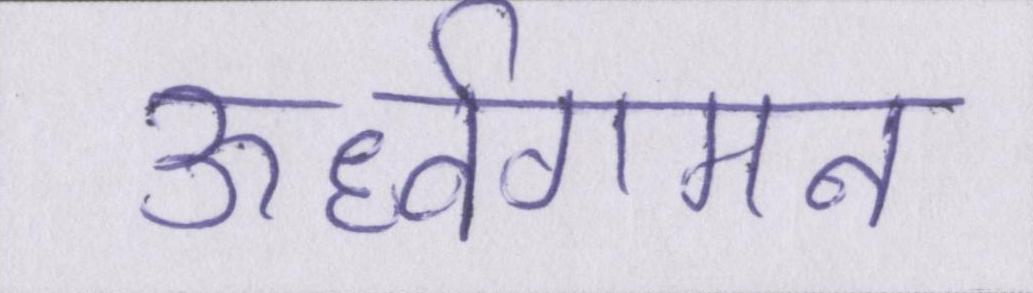
ऊर्ध्वगमन